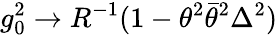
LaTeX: g_{0}^{2}\rightarrow R^{-1}(1-\theta^{2}\bar{\theta}^{2}\Delta^{2})